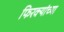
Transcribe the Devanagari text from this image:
फिरक्यांच्या